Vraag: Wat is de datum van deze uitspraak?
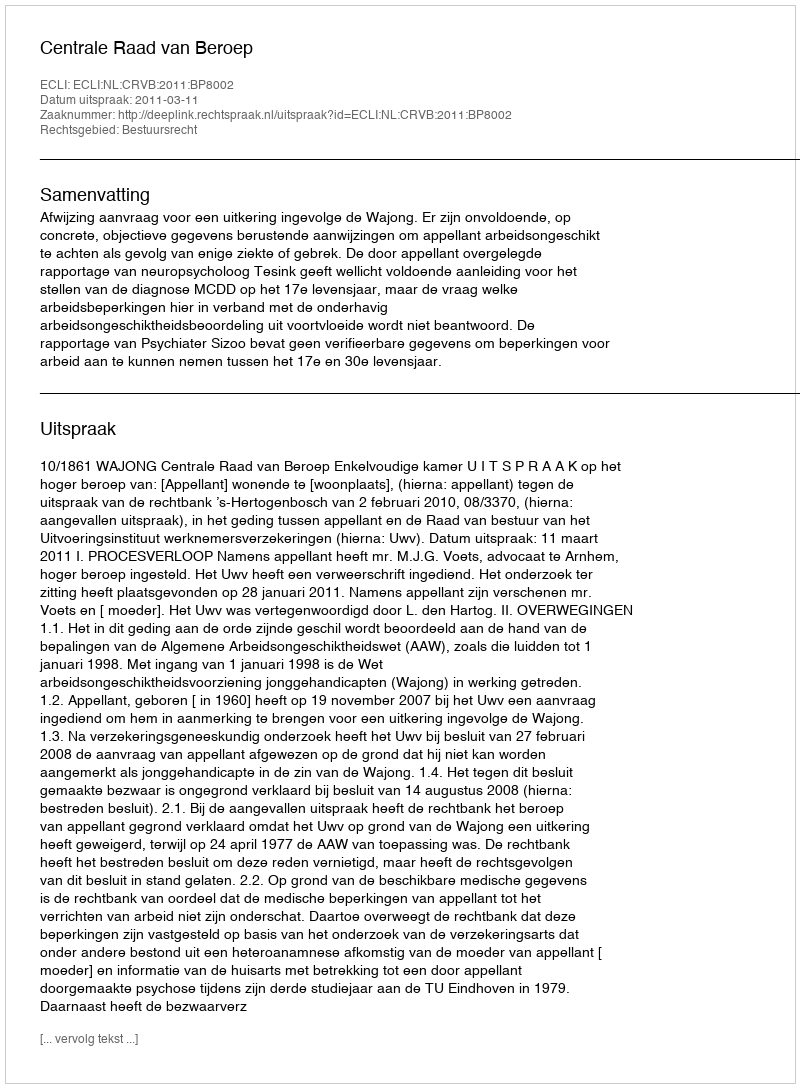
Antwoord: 2011-03-11